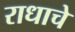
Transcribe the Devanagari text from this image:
राधाचे